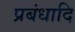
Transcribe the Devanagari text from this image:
प्रबंधादि